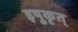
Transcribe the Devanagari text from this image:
इषुकृत्